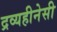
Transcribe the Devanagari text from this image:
द्रव्यहीनेसी